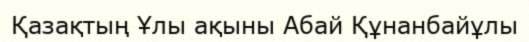
Қазақтың Ұлы ақыны Абай Құнанбайұлы